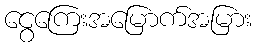
ငွေကြေးအမြောက်အမြား